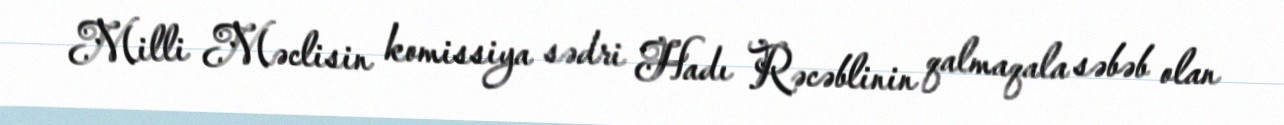
Milli Məclisin komissiya sədri Hadı Rəcəblinin qalmaqala səbəb olan